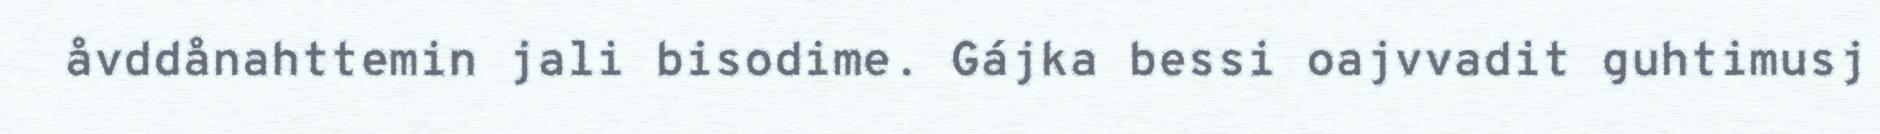
åvddånahttemin jali bisodime. Gájka bessi oajvvadit guhtimusj